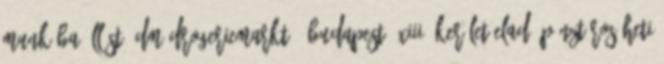
Munkába állást. Dm-Drogeriemarkt - Budapest, XIII. kerület Eladó-pénztáros heti